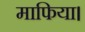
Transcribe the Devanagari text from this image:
माफिया।